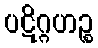
ပဋိဂ္ဂဟဉ္စ